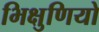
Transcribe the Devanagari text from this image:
भिक्षुणियो